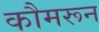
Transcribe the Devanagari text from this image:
कौमरून